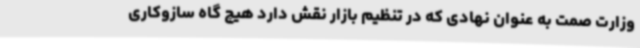
وزارت صمت به عنوان نهادی که در تنظیم بازار نقش دارد هیچ گاه سازوکاری